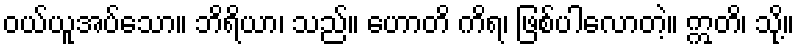
ဝယ်ယူအပ်သော။ ဘိရိယာ၊ သည်။ ဟောတိ ကိရ၊ ဖြစ်ပါလောတဲ့။ ဣတိ၊ သို့။